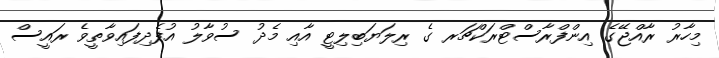
މިހާރު ރާއްޖޭގެ އިންފްރާސްޓްރަކްޗަރ ގެ ރިލަޔަބިލިޓީ އާއި މެދު ސުވާލު އުފެދިފައިވާތީވެ ރައީސް